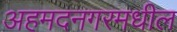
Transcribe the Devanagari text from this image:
अहमदनगरमधील